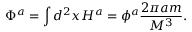
\Phi ^ { a } = \int d ^ { 2 } x H ^ { a } = \phi ^ { a } \frac { 2 \pi a m } { M ^ { 3 } } .